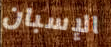
الإسبان